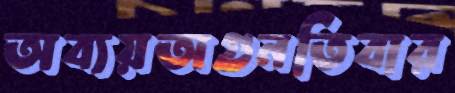
অব্যয়অগুনতিবার